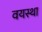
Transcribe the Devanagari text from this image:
वयस्था